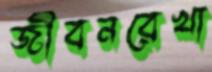
জীবনরেখা